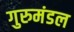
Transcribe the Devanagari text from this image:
गुरुमंडल